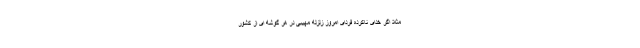
مثلا اگر خدای ناکرده فردای امروز زلزله مهیبی در هر گوشه ای از کشور